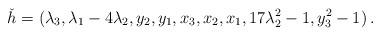
LaTeX: \begin{align*}\check h=(\lambda_{3}, \lambda_{1} - 4\lambda_{2}, y_{2}, y_{1}, x_{3}, x_{2}, x_{1}, 17\lambda_{2}^2 - 1, y_{3}^2 - 1)\,.\end{align*}